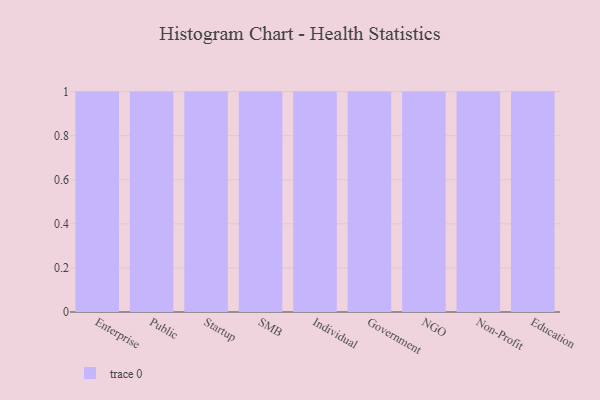
{"axis": {"x": "Segment", "y": "Latency (ms)"}, "legend": [""], "data": [{"x": "Enterprise", "y": 4, "type": ""}, {"x": "Public", "y": 92, "type": ""}, {"x": "Startup", "y": 53, "type": ""}, {"x": "SMB", "y": 21, "type": ""}, {"x": "Individual", "y": 65, "type": ""}, {"x": "Government", "y": 70, "type": ""}, {"x": "NGO", "y": 17, "type": ""}, {"x": "Non-Profit", "y": 60, "type": ""}, {"x": "Education", "y": 87, "type": ""}]}